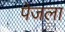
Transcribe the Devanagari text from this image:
पेजला